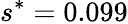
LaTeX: s^{*}=0.099